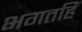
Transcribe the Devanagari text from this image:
भगतहिं